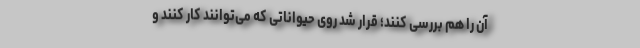
آن را هم بررسی کنند؛ قرار شد روی حیواناتی که می‌توانند کار کنند و